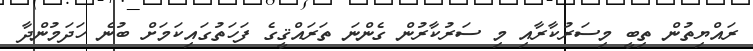
ރައްޔިތުން ތިބީ މިސަރުކާރާއި މި ސަރުކާރުން ގެންނަ ތަރައްޤީގެ ފަހަތުގައިކަމަށް ބުނެ ހަދަމުންދާ